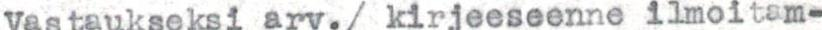
Vastaukseksi arv./kirjeeseenne ilmoitam-